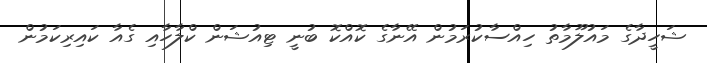
ޝަހީދާގެ މައުލޫމާތު ހިއްސާކުރަމުން އޭނާގެ ކޮއްކޮ ބުނީ ޓިއުޝަން ކްލާހާއި ގެއާ ކައިރިކަމުން